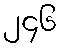
၂၄၆